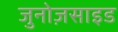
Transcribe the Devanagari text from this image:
जुनोज़साइड